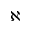
\aleph